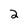
Character: 2